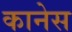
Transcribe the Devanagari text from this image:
कानेस